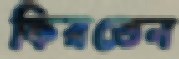
ফিরতেন